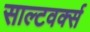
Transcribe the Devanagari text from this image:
साल्टवर्क्स